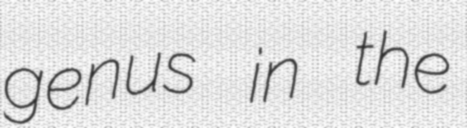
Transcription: genus in the